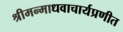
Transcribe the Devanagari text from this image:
श्रीमन्माधवाचार्यप्रणीत